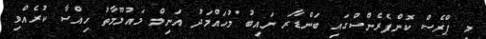
މި ޕްރެސް ކޮންފެރެންސްގައި ބަންޑާރަ ނައިބު މުހައްމަދު އަނިލް މައުލޫމާތު ހިއްސާ ކުރެއްވި